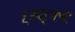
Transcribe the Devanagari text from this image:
ऱ्हस्वचे